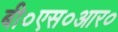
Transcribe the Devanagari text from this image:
बी०एस०आर०